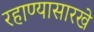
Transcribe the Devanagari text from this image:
रहाण्यासारखे